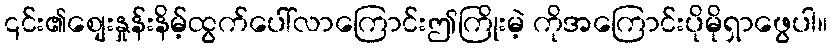
၎င်း၏စျေးနှုန်းနိမ့်ထွက်ပေါ်လာကြောင်းဤကြိုးမဲ့ ကိုအကြောင်းပိုမိုရှာဖွေပါ။